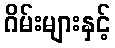
ဂိမ်းများနှင့်